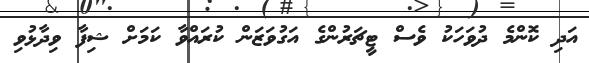
އަދި ކޮންމެ ދުވަހަކު ވެސް ޓީޗަރުންގެ އަގުވަޒަން ކުރައްވާ ކަމަށް ޝިފާ ވިދާޅުވި